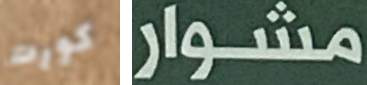
كورت مشوار